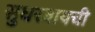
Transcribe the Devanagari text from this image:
सुधरवायची